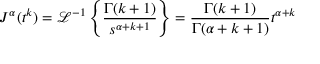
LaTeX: J ^ { \alpha } ( t ^ { k } ) = { \mathcal { L } } ^ { - 1 } \left\{ { \frac { \Gamma ( k + 1 ) } { s ^ { \alpha + k + 1 } } } \right\} = { \frac { \Gamma ( k + 1 ) } { \Gamma ( \alpha + k + 1 ) } } t ^ { \alpha + k }